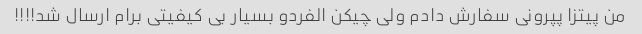
من پیتزا پپرونی سفارش دادم ولی چیکن الفردو بسیار بی کیفیتی برام ارسال شد!!!!